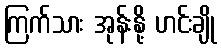
ကြက်သား အုန်းနို့ ဟင်းချို